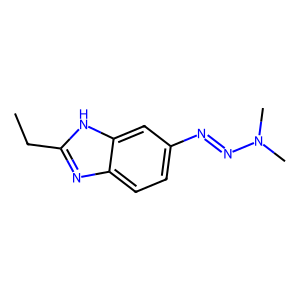
SMILES: CCc1nc2ccc(N=NN(C)C)cc2[nH]1
Inhibits HIV replication: Yes